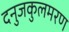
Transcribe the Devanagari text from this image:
दनुजकुलमरण